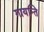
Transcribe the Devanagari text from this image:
गायन्ति